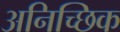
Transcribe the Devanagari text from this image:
अनिच्छिक